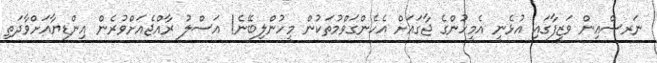
ނަރސްއިން ވަޒީފާގައި އުޅެނީ އެމީހުންގެ ޖާގައަށް އެހެންގަވްމުތަކުން މީހުންލިބޭނެ! އަސްލު ރާއްޖެއަށްވުރެން އިންޑިޔާއަށްވާދަތި